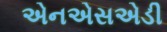
એનએસએડી